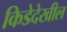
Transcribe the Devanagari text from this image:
किडेदेखील